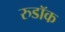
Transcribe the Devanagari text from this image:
रुडॉक